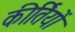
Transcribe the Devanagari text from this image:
कीर्तियों